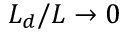
L _ { d } / L \to 0